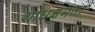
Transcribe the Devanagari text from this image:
शोधक्षमता